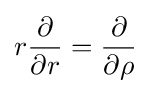
r{\frac {\partial }{\partial r}}={\frac {\partial }{\partial \rho }}